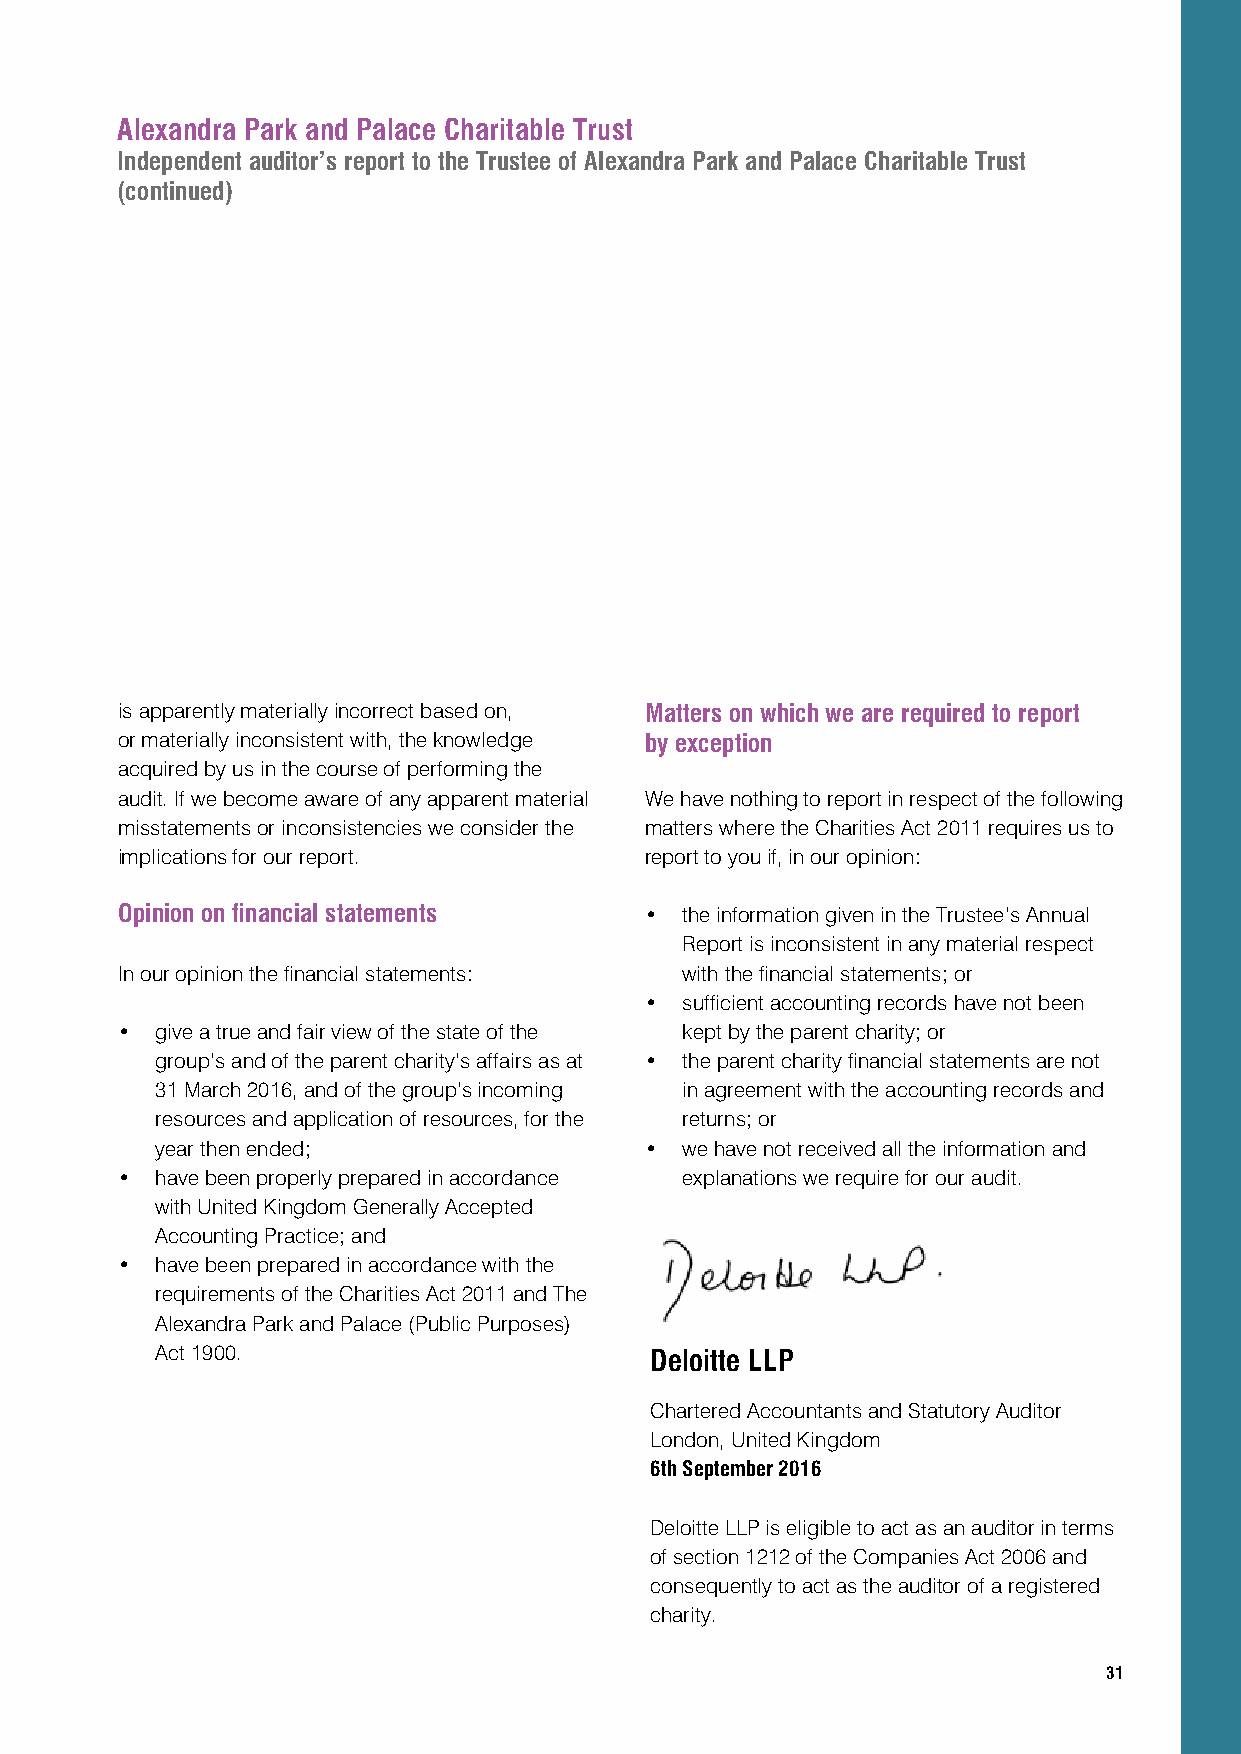
Alexandra Park and Palace Charitable Trust
 Independent auditor’s report to the Trustee of Alexandra Park and Palace Charitable Trust
 (continued)
 is apparently materially incorrect based on, Matters on which we are required to report
 or materially inconsistent with, the knowledge by exception
 acquired by us in the course of performing the
 audit. If we become aware of any apparent material We have nothing to report in respect of the following
 misstatements or inconsistencies we consider the matters where the Charities Act 2011 requires us to
 implications for our report.       report to you if, in our opinion:
 Opinion on financial statements    • the information given in the Trustee’s Annual
 Report is inconsistent in any material respect
 In our opinion the financial statements: with the financial statements; or
 • sufficient accounting records have not been
 • give a true and fair view of the state of the kept by the parent charity; or
 group’s and of the parent charity’s affairs as at • the parent charity financial statements are not
 31 March 2016, and of the group’s incoming in agreement with the accounting records and
 resources and application of resources, for the returns; or
 year then ended;                 • we have not received all the information and
 • have been properly prepared in accordance explanations we require for our audit.
 with United Kingdom Generally Accepted
 Accounting Practice; and
 • have been prepared in accordance with the
 requirements of the Charities Act 2011 and The
 Alexandra Park and Palace (Public Purposes)
 Act 1900.                        Deloitte LLP
 Chartered Accountants and Statutory Auditor
 London, United Kingdom
 6th September 2016
 Deloitte LLP is eligible to act as an auditor in terms
 of section 1212 of the Companies Act 2006 and
 consequently to act as the auditor of a registered
 charity.
 31